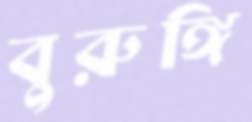
বুরুঙ্গি